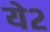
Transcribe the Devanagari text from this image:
ये२